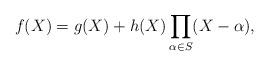
LaTeX: \begin{align*}f(X) = g(X) + h(X) \prod_{\alpha\in S} (X-\alpha),\end{align*}